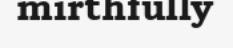
mirthfully